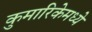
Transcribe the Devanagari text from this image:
कुमारिकेमध्ये